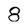
Character: 8